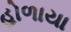
હોળાયા